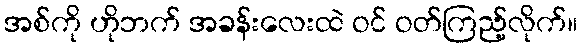
အစ်ကို ဟိုဘက် အခန်းလေးထဲ ဝင် ဝတ်ကြည့်လိုက်။